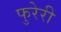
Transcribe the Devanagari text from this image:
फुरेरी